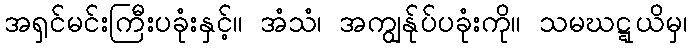
အရှင်မင်းကြီးပခုံးနှင့်။ အံသံ၊ အကျွန်ုပ်ပခုံးကို။ သမဃဋ္ဋယိမှ၊